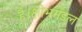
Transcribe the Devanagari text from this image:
है।क्षोभमंडल